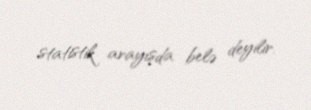
statistik arayışda belə deyilir.